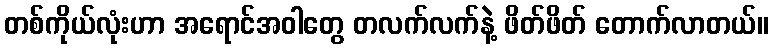
တစ်ကိုယ်လုံးဟာ အရောင်အဝါတွေ တလက်လက်နဲ့ ဖိတ်ဖိတ် တောက်လာတယ်။